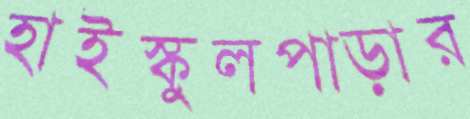
হাইস্কুলপাড়ার